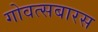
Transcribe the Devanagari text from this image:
गोवत्सबारस